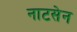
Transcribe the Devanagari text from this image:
नाटसेन